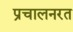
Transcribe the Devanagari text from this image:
प्रचालनरत